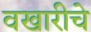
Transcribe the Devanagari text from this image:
वखारीचे